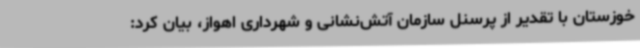
خوزستان با تقدیر از پرسنل سازمان آتش‌نشانی و شهرداری اهواز، بیان کرد: